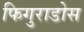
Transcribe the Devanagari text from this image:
फिगुराडोस